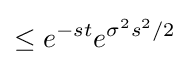
\leq e^{-st}e^{\sigma ^{2}s^{2}/2}